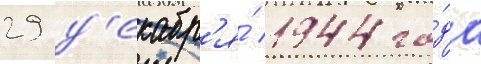
29 д'екабр'я́ 1944 го́да